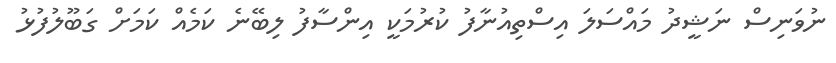
ނުވަނިސް ނަޝީދު މައްސަލަ އިސްތިއުނާފު ކުރުމަކީ އިންސާފު ލިބޭނެ ކަމެއް ކަމަށް ގަބޫލުފުޅު